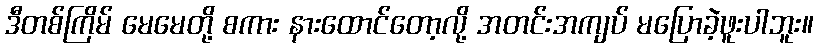
ဒီတစ်ကြိမ် မေမေတို့ စကား နားထောင်တော့လို့ အတင်းအကျပ် မပြောခဲ့ဖူးပါဘူး။